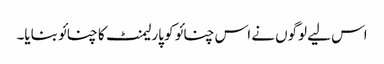
اس لیے لوگوں نے اس چنائو کو پارلیمنٹ کا چنائو بنایا۔